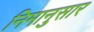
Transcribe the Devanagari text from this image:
निमानुसार